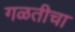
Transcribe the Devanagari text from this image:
गळतीचा